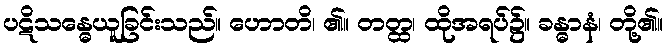
ပဋိသန္ဓေယူခြင်းသည်။ ဟောတိ၊ ၏။ တတ္ထ၊ ထိုအရပ်၌။ ခန္ဓာနံ၊ တို့၏။